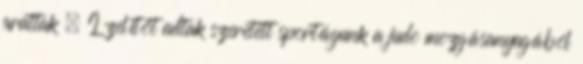
arattak . Ízelítőt adtak szeretett sportágunk a judo mozgásanyagából